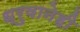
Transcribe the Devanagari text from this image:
ध्रुवानेही